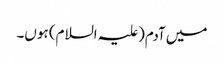
میں آدم(علیہ السلام) ہوں۔